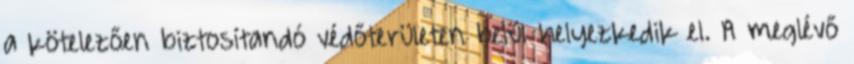
a kötelezően biztosítandó védőterületen belül helyezkedik el. A meglévő